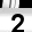
Digit: 2